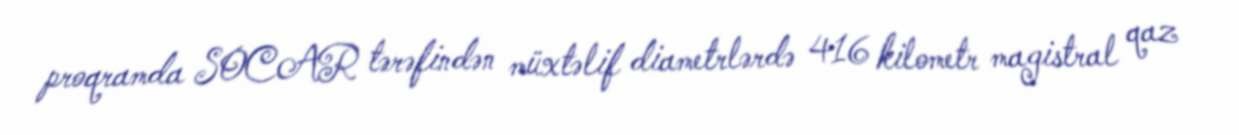
proqramda SOCAR tərəfindən müxtəlif diametrlərdə 416 kilometr magistral qaz